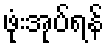
ဖုံးအုပ်ရန်